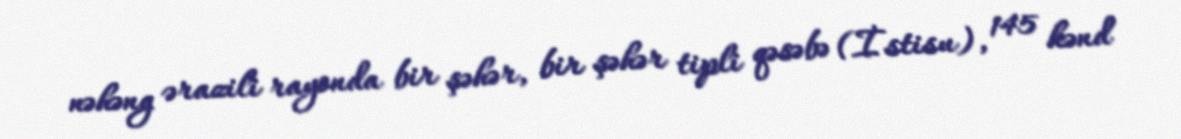
nəhəng ərazili rayonda bir şəhər, bir şəhər tipli qəsəbə (İstisu), 145 kənd